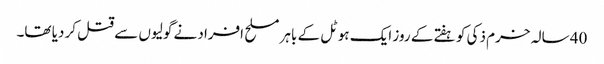
40 سالہ خرم ذکی کو ہفتے کے روز ایک ہوٹل کے باہر مسلح افراد نے گولیوں سے قتل کر دیا تھا۔